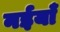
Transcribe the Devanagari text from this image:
नईयाँ